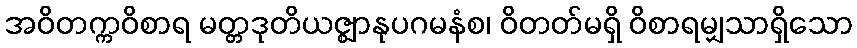
အဝိတက္ကဝိစာရ မတ္တဒုတိယဇ္ဈာနုပဂမနံစ၊ ဝိတတ်မရှိ ဝိစာရမျှသာရှိသော